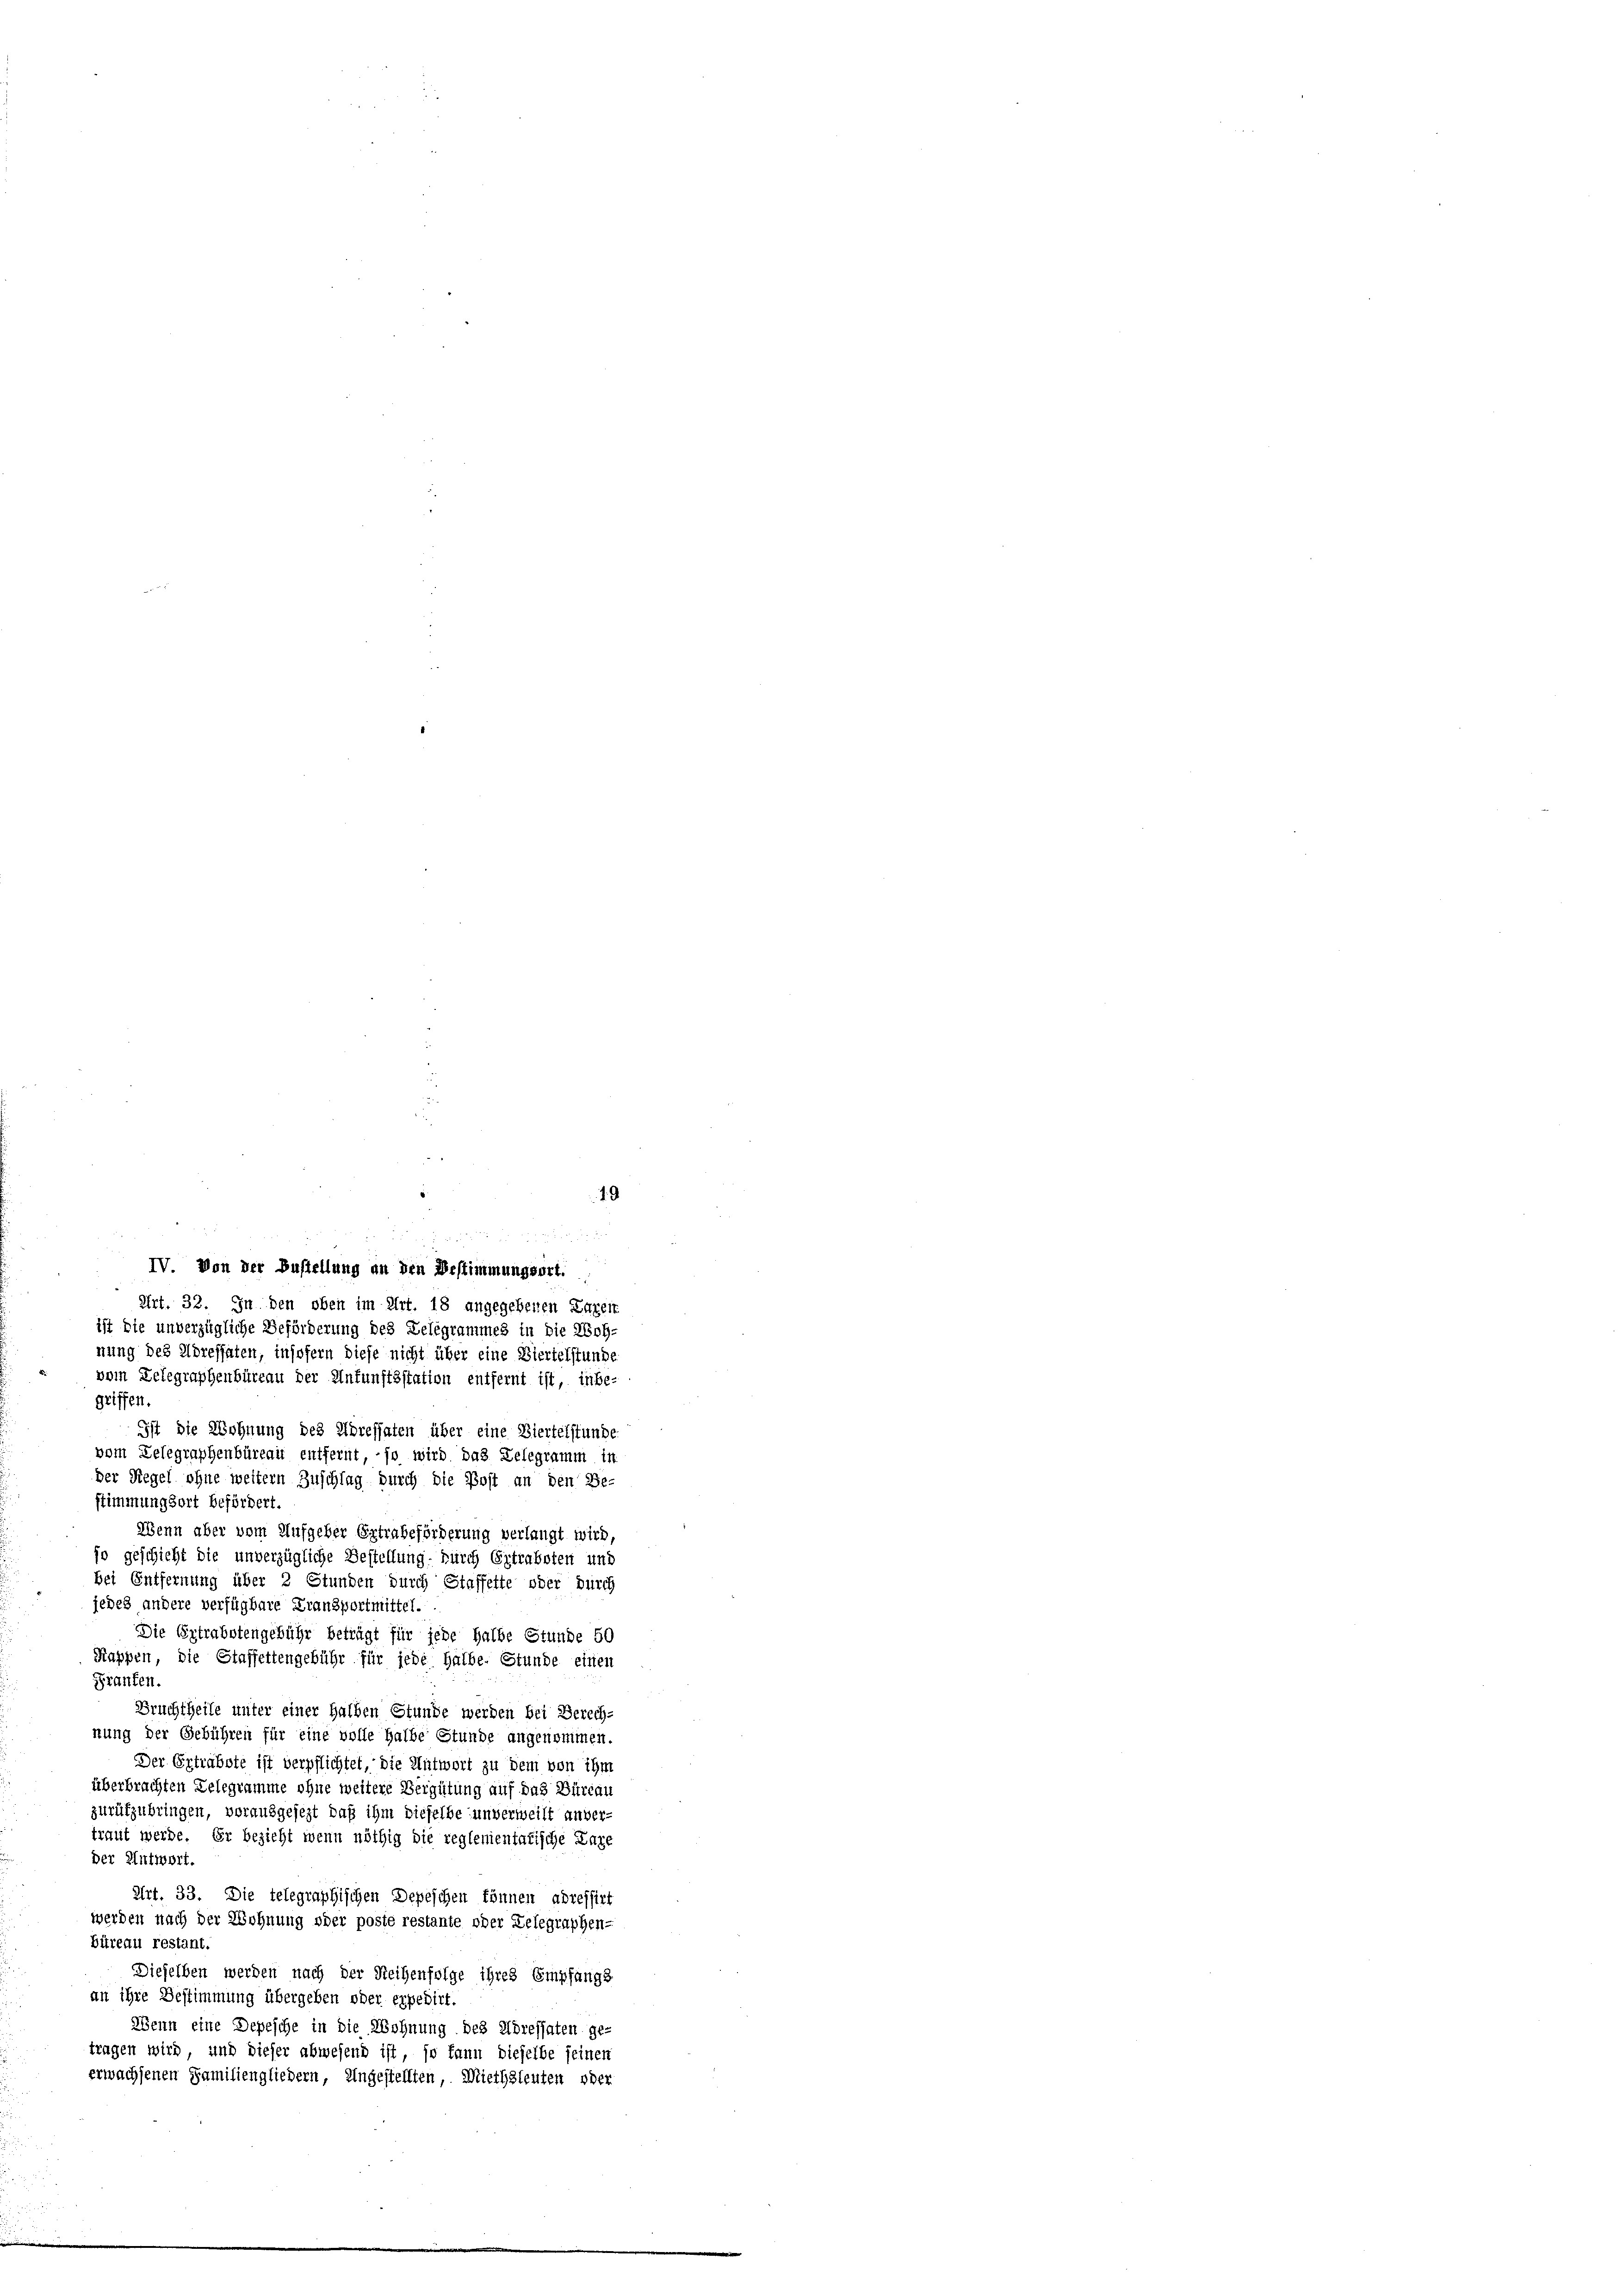
IV. Von der Bustellung an den Bestimmungsort.
Art. 32. In den oben im Art. 18 angegebenen Kuren
ist die unverzügliche Beförderung des Lelegrammes in die Loh-
nung des Adressaten, insofern diese nicht über eine Viertelstunde
vom Delegraphenbüreau der Unfunftsstation entfernt ist, inbe-
griffen.
Ist die Wohnung des Adressaten über eine Biertelstunde
vom Lelegraphenbüreau entfernt, – so wird das Telegramm in
der Regel ohne weitern Zuschlag durch die Post an den Be-
stimmung dort befördert.
Wenn aber vom Aufgeber Ertrabeförderung verlangt wird,
so geschieht die unverzügliche Bestellung durch Ertrabsten und
bei Entfernung über 2 Stunden durch Staffette oder durch
jedes andere verfügbare Fransportmittel.
Die Extrabotengebühr beträgt für jede halbe Stunde 50
Kappen, die Staffettengebühr für jede halbe. Stunde einen
Praufen.
Fruchtheile unter einer halben Stunde werden bei Berech-
nung der Gebühren für eine volle halbe Stunde angenommen.
Der Geträbste ist verpflichtet, die Antwort zu dem von ihm
überbrachten Gelegramme ohne weitere Vergütung auf das Büreau
zurükzubringen, vorausgesezt daß ihm dieselbe unverweilt unver-
traut werde. Er bezieht wenn nöthig die reglenientatische Lage
der Antwort.
Art. 33. Die telegraphischen Depeschen können adressirt
werden nach der Wohnung oder poste restante oder Delegraphen-
büreau restant.
Dieselben werden nach der Reihenfolge ihres Empfangs
an ihre Bestimmung übergeben oder expedirt.
Wenn eine Depesche in die Wohnung des Adressaten ge-
tragen wird, und dieser abwesend ist, so kann dieselbe seinen
erwachsenen Familiengliedern, Ungestellten, Miethsleuten oder

19